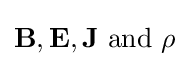
{\textbf {B}},{\textbf {E}},{\textbf {J}}~{\text{and}}~\rho